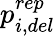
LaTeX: p_{i,del}^{rep}